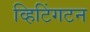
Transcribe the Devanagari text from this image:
व्हिटिंगटन